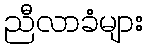
ညီလာခံများ